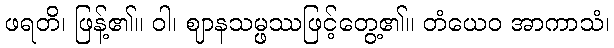
ဖရတိ၊ ဖြန့်၏။ ဝါ၊ ဈာနသမ္ဖဿဖြင့်တွေ့၏။ တံယေဝ အာကာသံ၊